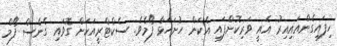
ހިފައިގެންއައިއިރު އެއީ ވަރިކޮށްފައި އެކަން ހުށަހަޅާ ފޯމެވެ. ސެކްޓްރީއަކަށް ގޮވައި ގެނެސް ފޯމް